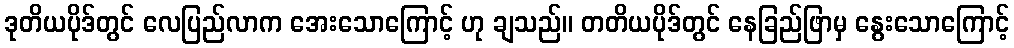
ဒုတိယပိုဒ်တွင် လေပြည်လာက အေးသောကြောင့် ဟု ချသည်။ တတိယပိုဒ်တွင် နေခြည်ဖြာမှ နွေးသောကြောင့်